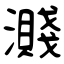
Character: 濺